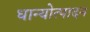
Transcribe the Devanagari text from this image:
धान्योत्पादन